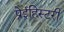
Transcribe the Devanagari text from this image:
प्रेईहिस्टरी